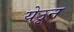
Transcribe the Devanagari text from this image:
येउून